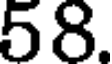
58.